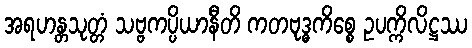
အရဟန္တသုတ္တံ သဗ္ဗကပ္ပိယာနီတိ ကတဗုဒ္ဓကိစ္စေ ဥပက္ကိလိဋ္ဌဿ